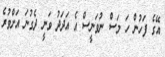
އޭގެ ފަހުން ހަ މަސް ނުވަނީސް އެ އަދަދު ވަނީ ދެގުނަ އަށްވުރެ